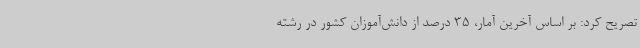
تصریح کرد: بر اساس آخرین آمار، 35 درصد از دانش‌آموزان کشور در رشته